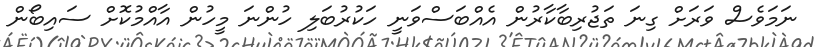
ނަމަވެސް ވަރަށް ގިނަ ތަޖުރިބާކާރުން އެއްބަސްވަނީ ހަކުރުބަލި ހުންނަ މީހުން އާއްމުކޮށް ސައިބޯން